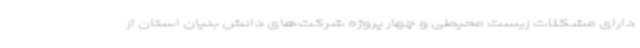
دارای مشکلات زیست محیطی و چهار پروژه شرکت‌های دانش بنیان استان از